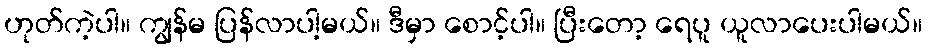
ဟုတ်ကဲ့ပါ။ ကျွန်မ ပြန်လာပါ့မယ်။ ဒီမှာ စောင့်ပါ။ ပြီးတော့ ရေပူ ယူလာပေးပါမယ်။